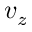
v _ { z }